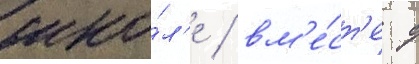
шко́л'е / вм'е́ст'е с